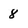
Character: 8